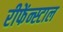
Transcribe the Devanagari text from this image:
रीफेंन्स्टाल